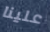
علينا